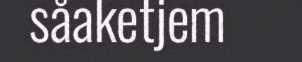
såaketjem